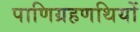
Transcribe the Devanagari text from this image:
पाणिग्रहणथियों